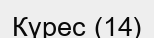
Күрес (14)